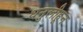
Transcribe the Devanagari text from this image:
धनुलीहून